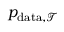
p _ { \mathrm { d a t a } , \mathcal { T } }